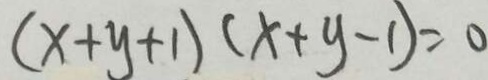
( x + y + 1 ) ( x + y - 1 ) = 0